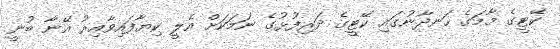
ކޭޓީގެ މާމަގެ ހަނދާނުގައި ކޭޓީގެ ދަރިފުޅުގެ ނަމަކަށް އެލީ ކިޔާފައިވާއިރު އޭނާ ބުނީ